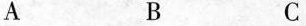
A B C